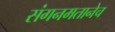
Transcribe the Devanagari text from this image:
संगनमतानेच